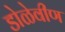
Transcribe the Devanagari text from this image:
डोळेवीण